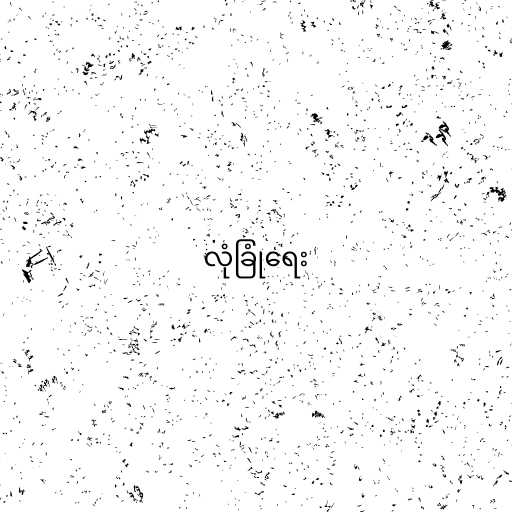
လုံခြုံရေး